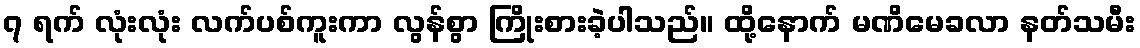
၇ ရက် လုံးလုံး လက်ပစ်ကူးကာ လွန်စွာ ကြိုးစားခဲ့ပါသည်။ ထို့နောက် မဏိမေခလာ နတ်သမီး